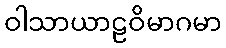
ဝါသာယာဠဝိမာဂမာ